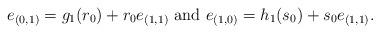
LaTeX: \begin{align*}e_{(0,1)}=g_1(r_0)+r_0e_{(1,1)} \mbox{ and } e_{(1,0)}=h_1(s_0)+s_0 e_{(1,1)}.\end{align*}